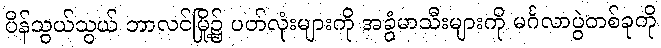
ပိန်သွယ်သွယ် ဘာလင်မြို့၌ ပတ်လုံးများကို အခွံမာသီးများကို မင်္ဂလာပွဲတစ်ခုကို